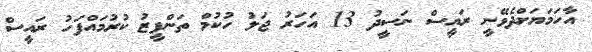
އާހަމަޔަށްދެވޭނީ ރައީސް ނަސީދު 13 އަހަރު ޖަލު ހުކުމް ތަންފީޒު ކުރުމައްފަހު ރައީސް